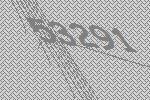
53291